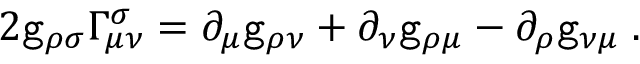
2 { \tt g } _ { \rho \sigma } \Gamma _ { \mu \nu } ^ { \sigma } = \partial _ { \mu } { \tt g } _ { \rho \nu } + \partial _ { \nu } { \tt g } _ { \rho \mu } - \partial _ { \rho } { \tt g } _ { \nu \mu } \; .